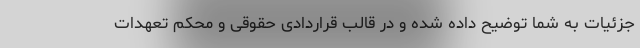
جزئیات به شما توضیح داده شده و در قالب قراردادی حقوقی و محکم تعهدات